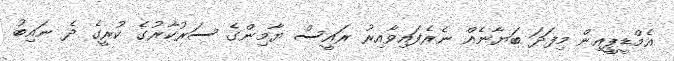
އެމްޑީޕީއިން މިފަދަ ބަޔާނެއް ނެރެފައިވާއިރު ރައީސް ޔާމިންގެ ސަރުކާރުގެ ކުރީގެ ދެ ނައިބު